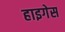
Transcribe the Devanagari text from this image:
हाइगेस